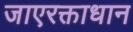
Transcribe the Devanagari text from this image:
जाएरक्ताधान